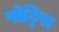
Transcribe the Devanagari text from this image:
पोट्टिस